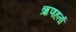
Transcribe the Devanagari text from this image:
ऋणहर्ता